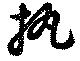
執